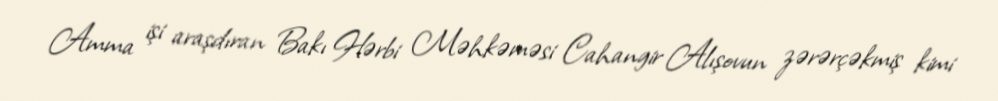
Amma işi araşdıran Bakı Hərbi Məhkəməsi Cahangir Alışovun zərərçəkmiş kimi